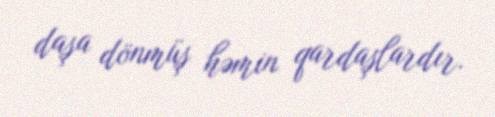
daşa dönmüş həmin qardaşlardır.